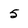
Character: 5